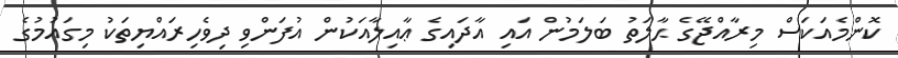
ކޮންމެއަކަސް މިރާއްޖޭގެ ޙާލަތު ބަލަމުން އައި އާދައިގެ ޢާއިލާއަކުން އުފަންވި ދިވެހިރައްޔިތަކު މިގައުމުގެ